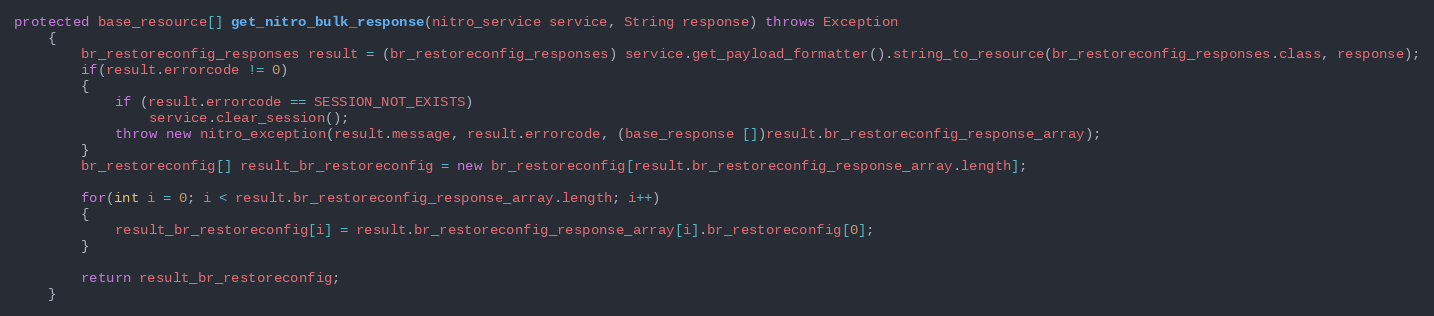
Language: Java
protected base_resource[] get_nitro_bulk_response(nitro_service service, String response) throws Exception
	{
		br_restoreconfig_responses result = (br_restoreconfig_responses) service.get_payload_formatter().string_to_resource(br_restoreconfig_responses.class, response);
		if(result.errorcode != 0)
		{
			if (result.errorcode == SESSION_NOT_EXISTS)
				service.clear_session();
			throw new nitro_exception(result.message, result.errorcode, (base_response [])result.br_restoreconfig_response_array);
		}
		br_restoreconfig[] result_br_restoreconfig = new br_restoreconfig[result.br_restoreconfig_response_array.length];

		for(int i = 0; i < result.br_restoreconfig_response_array.length; i++)
		{
			result_br_restoreconfig[i] = result.br_restoreconfig_response_array[i].br_restoreconfig[0];
		}

		return result_br_restoreconfig;
	}